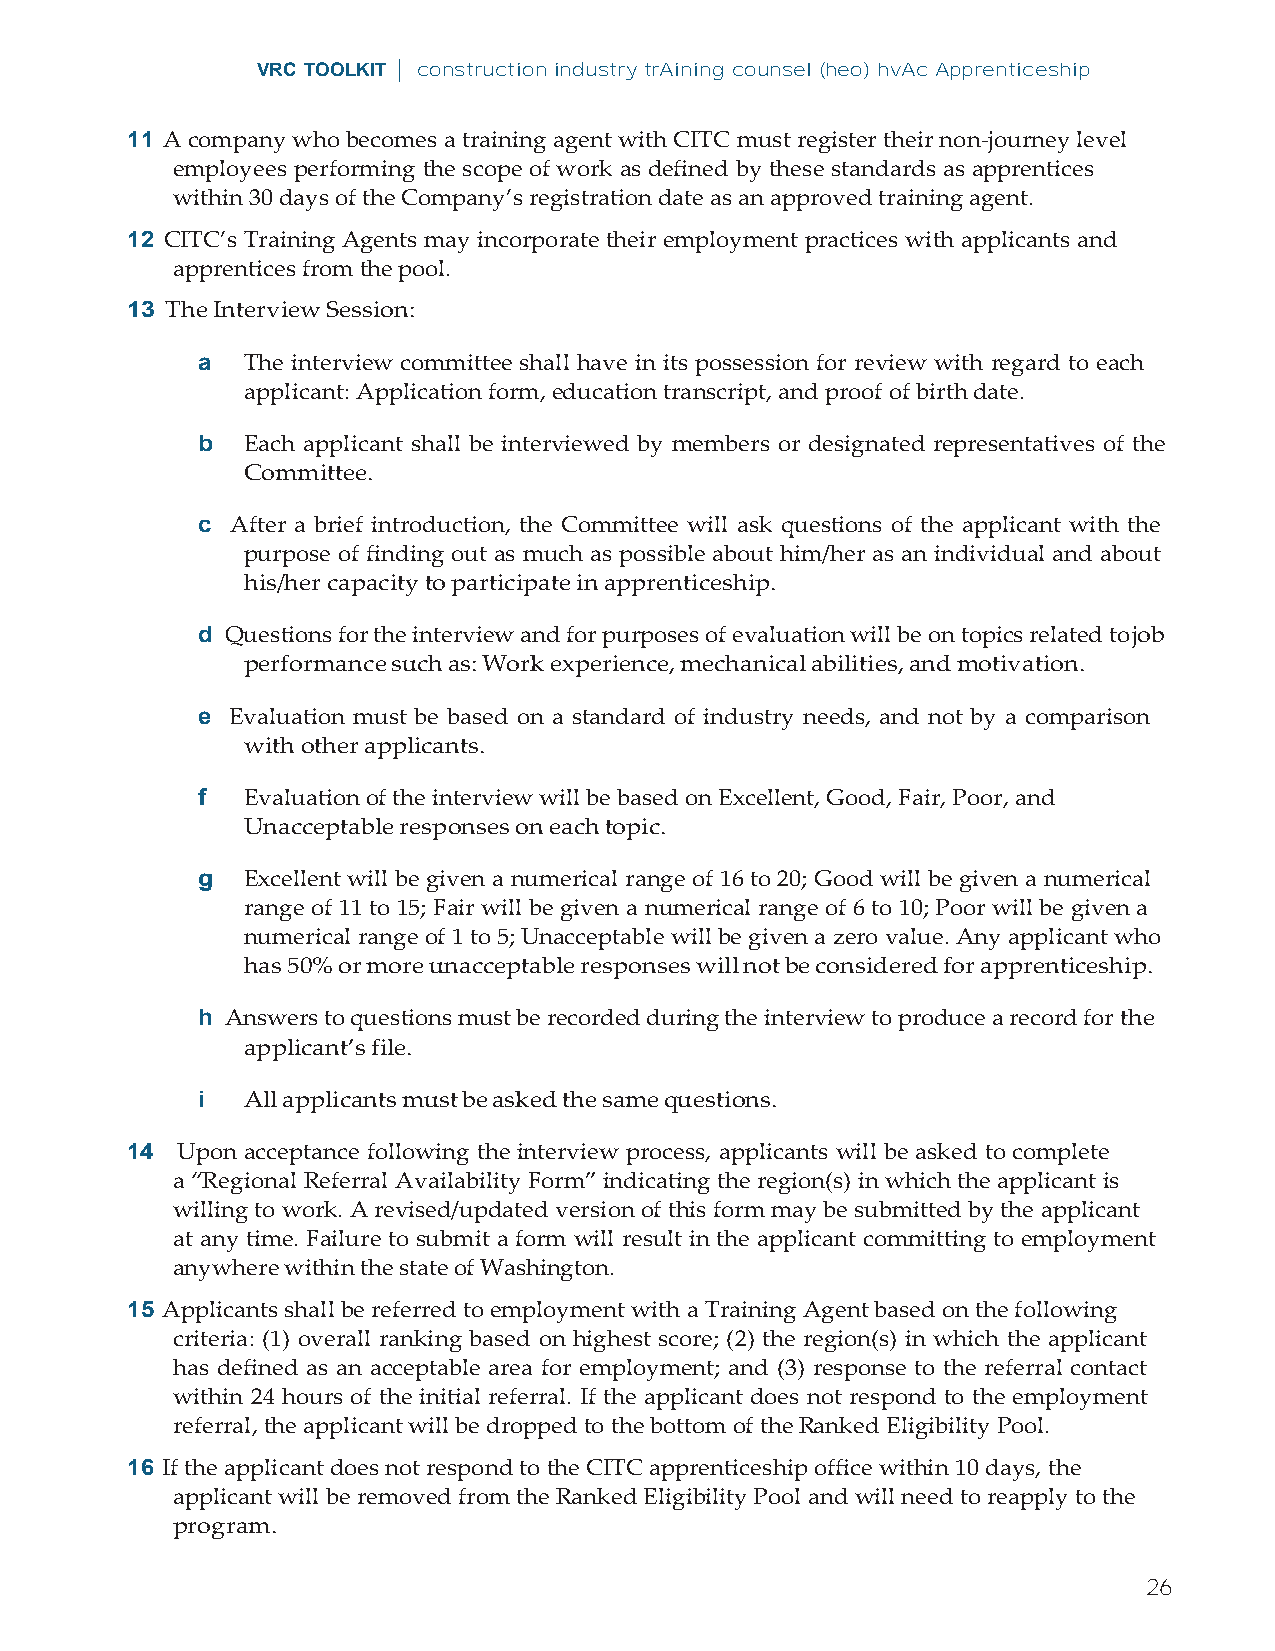
VRC TOOLKIT | construction industry trAining counsel (heo) hvAc Apprenticeship
 11 A company who becomes a training agent with CITC must register their non-journey level
 employees performing the scope of work as defined by these standards as apprentices
 within 30 days of the Company’s registration date as an approved training agent.
 12 CITC’s Training Agents may incorporate their employment practices with applicants and
 apprentices from the pool.
 13 The Interview Session:
 a  The interview committee shall have in its possession for review with regard to each
 applicant: Application form, education transcript, and proof of birth date.
 b  Each applicant shall be interviewed by members or designated representatives of the
 Committee.
 c After a brief introduction, the Committee will ask questions of the applicant with the
 purpose of finding out as much as possible about him/her as an individual and about
 his/her capacity to participate in apprenticeship.
 d Questions for the interview and for purposes of evaluation will be on topics related to job
 performance such as: Work experience, mechanical abilities, and motivation.
 e Evaluation must be based on a standard of industry needs, and not by a comparison
 with other applicants.
 f  Evaluation of the interview will be based on Excellent, Good, Fair, Poor, and
 Unacceptable responses on each topic.
 g  Excellent will be given a numerical range of 16 to 20; Good will be given a numerical
 range of 11 to 15; Fair will be given a numerical range of 6 to 10; Poor will be given a
 numerical range of 1 to 5; Unacceptable will be given a zero value. Any applicant who
 has 50% or more unacceptable responses will not be considered for apprenticeship.
 h Answers to questions must be recorded during the interview to produce a record for the
 applicant’s file.
 i  All applicants must be asked the same questions.
 14  Upon acceptance following the interview process, applicants will be asked to complete
 a “Regional Referral Availability Form” indicating the region(s) in which the applicant is
 willing to work. A revised/updated version of this form may be submitted by the applicant
 at any time. Failure to submit a form will result in the applicant committing to employment
 anywhere within the state of Washington.
 15 Applicants shall be referred to employment with a Training Agent based on the following
 criteria: (1) overall ranking based on highest score; (2) the region(s) in which the applicant
 has defined as an acceptable area for employment; and (3) response to the referral contact
 within 24 hours of the initial referral. If the applicant does not respond to the employment
 referral, the applicant will be dropped to the bottom of the Ranked Eligibility Pool.
 16 If the applicant does not respond to the CITC apprenticeship office within 10 days, the
 applicant will be removed from the Ranked Eligibility Pool and will need to reapply to the
 program.
 26